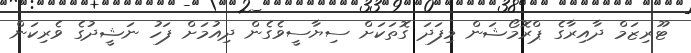
ޓޫރިޒަމް ދާއިރާގެ ޕްރޮމޯޝަން މިފަދަ ގޮތަކަށް ސިޔާސީވެގެން ދިއުމަށް ފަހު ނަޝީދުގެ ވެރިކަން